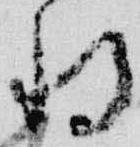
将